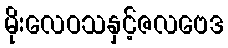
မိုးလေဝသနှင့်ဇလဗေဒ